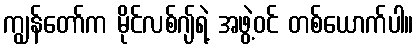
ကျွန်တော်က မိုင်လစ်ဂျ်ရဲ့ အဖွဲ့ဝင် တစ်ယောက်ပါ။